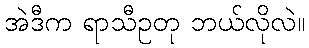
အဲဒီက ရာသီဥတု ဘယ်လိုလဲ။